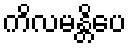
ကိလမန္တိပေ